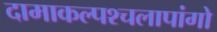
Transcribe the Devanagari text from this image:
दामाकल्पश्चलापांगो